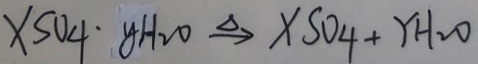
x S O _ { 4 } \cdot y H _ { 2 } O \xrightarrow { \Delta } X S O _ { 4 } + Y H _ { 2 } O